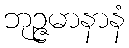
ဘုဉ္ဇမာနာနံ